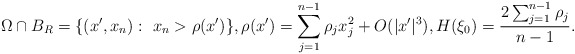
\begin{align*}{\Omega}\cap B_R=\{(x',x_n):\ x_n>\rho(x')\},\rho(x')=\sum_{j=1}^{n-1} \rho_j x_j^2+O(|x'|^3),H(\xi_0)=\frac{2\sum_{j=1}^{n-1}\rho_j}{n-1}.\end{align*}